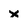
Character: x